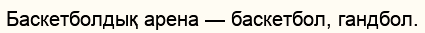
Баскетболдық арена — баскетбол, гандбол.